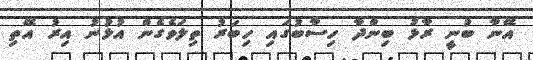
އޭނާ ބުނީ ރާޅު ބިންދާ ހިސާބުގައި ހިބަރު ތިލަވެގެން އުޅުނު އިރު އޭތި